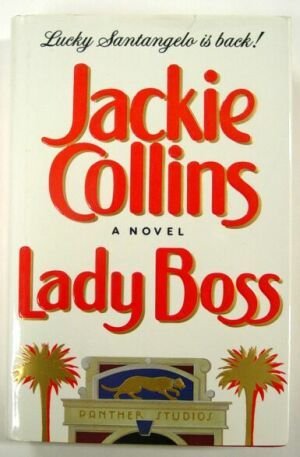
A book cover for Lady Boss; Jackie Collins; Romance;